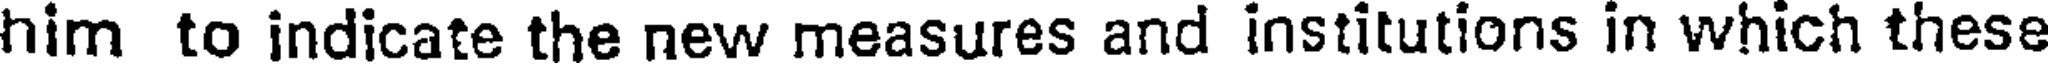
him to indicate the new measures and institutions in which these